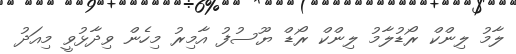
ލާމު ލިންކް ރޯޑުލާމު ލިންކް ރޯޑް ޔޫސުފު އާމިރު މިހެން ވިދާޅުވީ މިއަދު